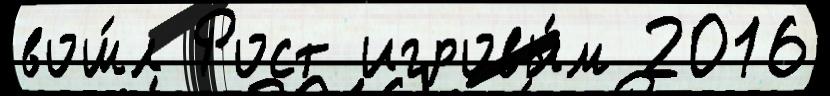
вош́л Рост игровы́м 2016